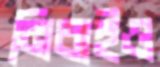
নিবাইও